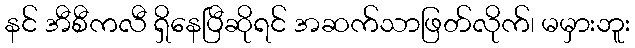
နင် အီစီကလီ ရှိနေပြီဆိုရင် အဆက်သာဖြတ်လိုက်၊ မမှားဘူး